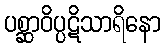
ပစ္ဆာဝိပ္ပဋိသာရိနော